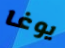
يوغا